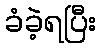
ခံခဲ့ရပြီး